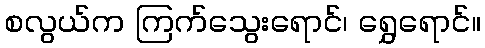
စလွယ်က ကြက်သွေးရောင်၊ ရွှေရောင်။